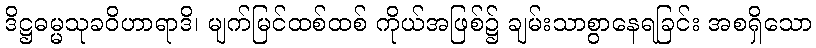
ဒိဋ္ဌဓမ္မသုခဝိဟာရာဒိ၊ မျက်မြင်ထစ်ထစ် ကိုယ်အဖြစ်၌ ချမ်းသာစွာနေရခြင်း အစရှိသော